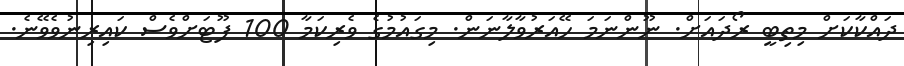
ދައްކާކަށް މިތިބީ ރޯދައަށް. ނޫންނަމަ ހޭއަރުވާލާނަން. މިގައުމުގެ ވެރިކަމާ 100 ފޫޓަށްވެސް ކައިރިނުވެވޭނެ.